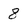
Character: 8